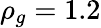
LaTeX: \rho_{g}=1.2